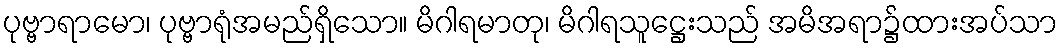
ပုဗ္ဗာရာမော၊ ပုဗ္ဗာရုံအမည်ရှိသော။ မိဂါရမာတု၊ မိဂါရသူဋ္ဌေးသည် အမိအရာ၌ထားအပ်သာ